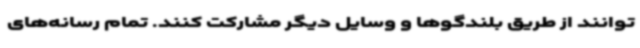
‌توانند از طریق بلندگوها و وسایل دیگر مشارکت کنند. تمام رسانه‌های